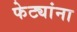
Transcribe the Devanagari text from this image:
फेट्यांना